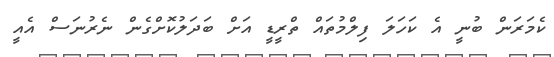
ކެމަރަން ބުނީ އެ ކަހަލަ ފިލްމުތައް ތްރީޑީ އަށް ބަދަލުކޮށްގެން ނެރުނަސް އެއީ